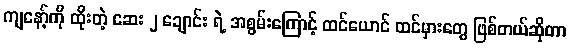
ကျနော့်ကို ထိုးတဲ့ ဆေး ၂ ချောင်း ရဲ့ အစွမ်းကြောင့် ထင်ယောင် ထင်မှားတွေ ဖြစ်တယ်ဆိုတာ